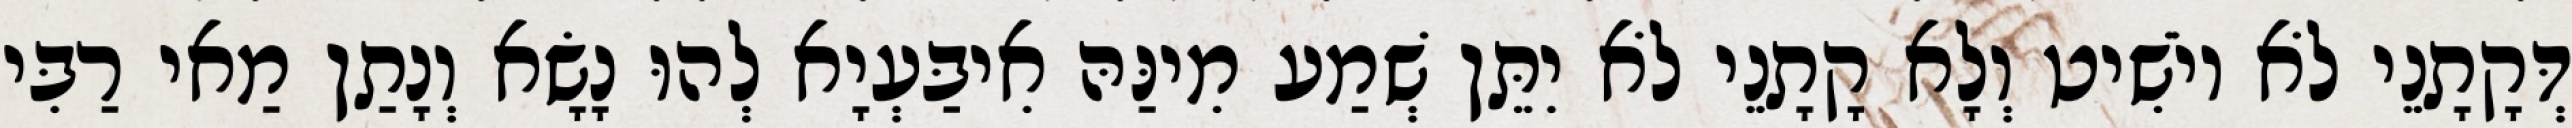
דְּקָתָנֵי לֹא יוֹשִׁיט וְלָא קָתָנֵי לֹא יִתֵּן שְׁמַע מִינַּהּ אִיבַּעְיָא לְהוּ נָשָׂא וְנָתַן מַאי רַבִּי